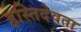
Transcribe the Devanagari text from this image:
हस्तिदेवता